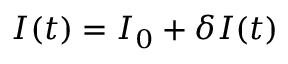
I ( t ) = I _ { 0 } + \delta I ( t )